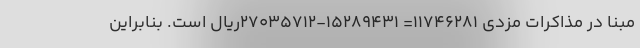
مبنا در مذاکرات مزدی 11746281= 15289431-27035712ریال است. بنابراین